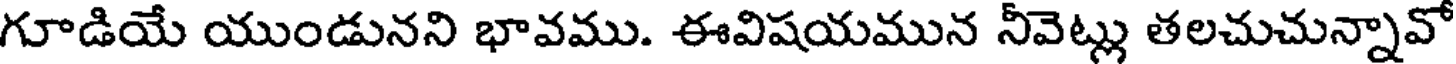
గూడియే యుండునని భావము. ఈవిషయమున నీవెట్లు తలచుచున్నావో